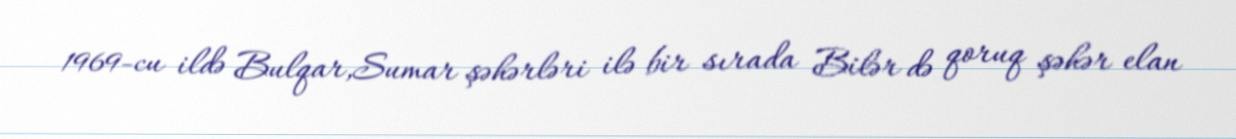
1969-cu ildə Bulqar,Sumar şəhərləri ilə bir sırada Bilər də qoruq şəhər elan